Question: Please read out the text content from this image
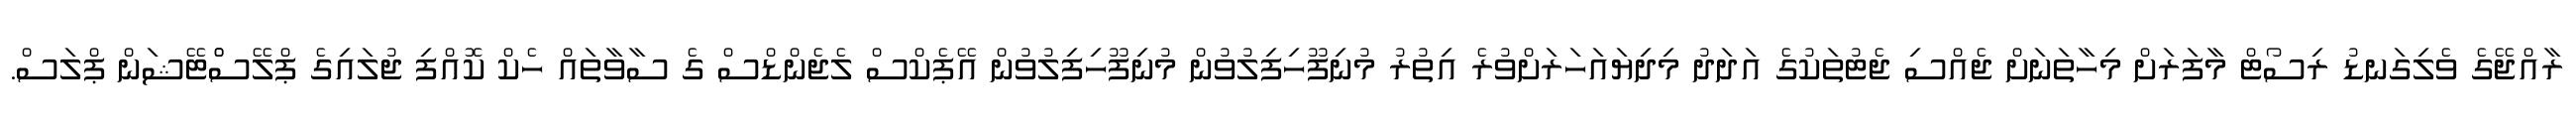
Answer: ރާއްޖޭގެ ވެލިގަނޑު ރިސޯޓް މާފަރަށް މިހާތަނަށް ޖެއްސި ޖެޓުތަކުގެ އަދަދު މިދިޔައަހަރަށްވުރެ އިތުރު މުނިފޫހިފިލުވުން މުނިފޫހިފިލުވުން އޭޕެކްސް ލެޖެންޑްސް ގެ ސާވާތައް ހެކް ކޮއްފި ޖުލައިގެ ޕްލޭސްްޓޭޝަން ޕްލަސް.